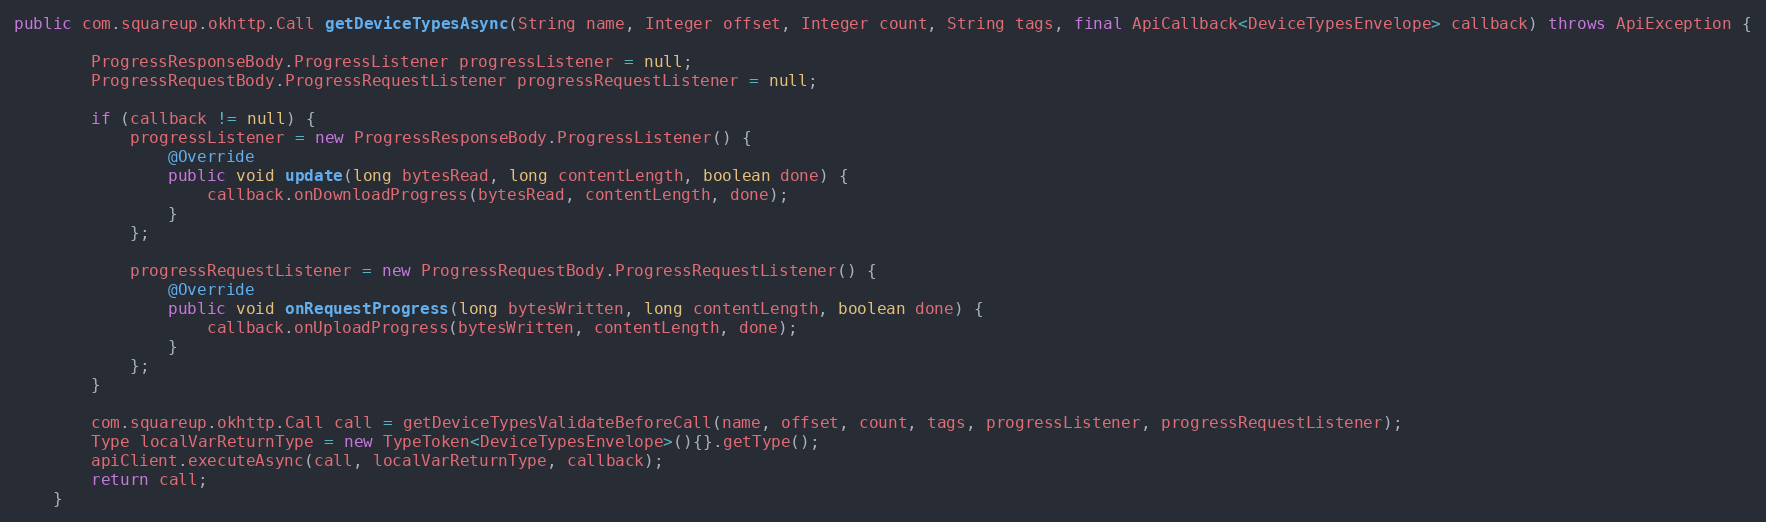
Language: Java
public com.squareup.okhttp.Call getDeviceTypesAsync(String name, Integer offset, Integer count, String tags, final ApiCallback<DeviceTypesEnvelope> callback) throws ApiException {

        ProgressResponseBody.ProgressListener progressListener = null;
        ProgressRequestBody.ProgressRequestListener progressRequestListener = null;

        if (callback != null) {
            progressListener = new ProgressResponseBody.ProgressListener() {
                @Override
                public void update(long bytesRead, long contentLength, boolean done) {
                    callback.onDownloadProgress(bytesRead, contentLength, done);
                }
            };

            progressRequestListener = new ProgressRequestBody.ProgressRequestListener() {
                @Override
                public void onRequestProgress(long bytesWritten, long contentLength, boolean done) {
                    callback.onUploadProgress(bytesWritten, contentLength, done);
                }
            };
        }

        com.squareup.okhttp.Call call = getDeviceTypesValidateBeforeCall(name, offset, count, tags, progressListener, progressRequestListener);
        Type localVarReturnType = new TypeToken<DeviceTypesEnvelope>(){}.getType();
        apiClient.executeAsync(call, localVarReturnType, callback);
        return call;
    }